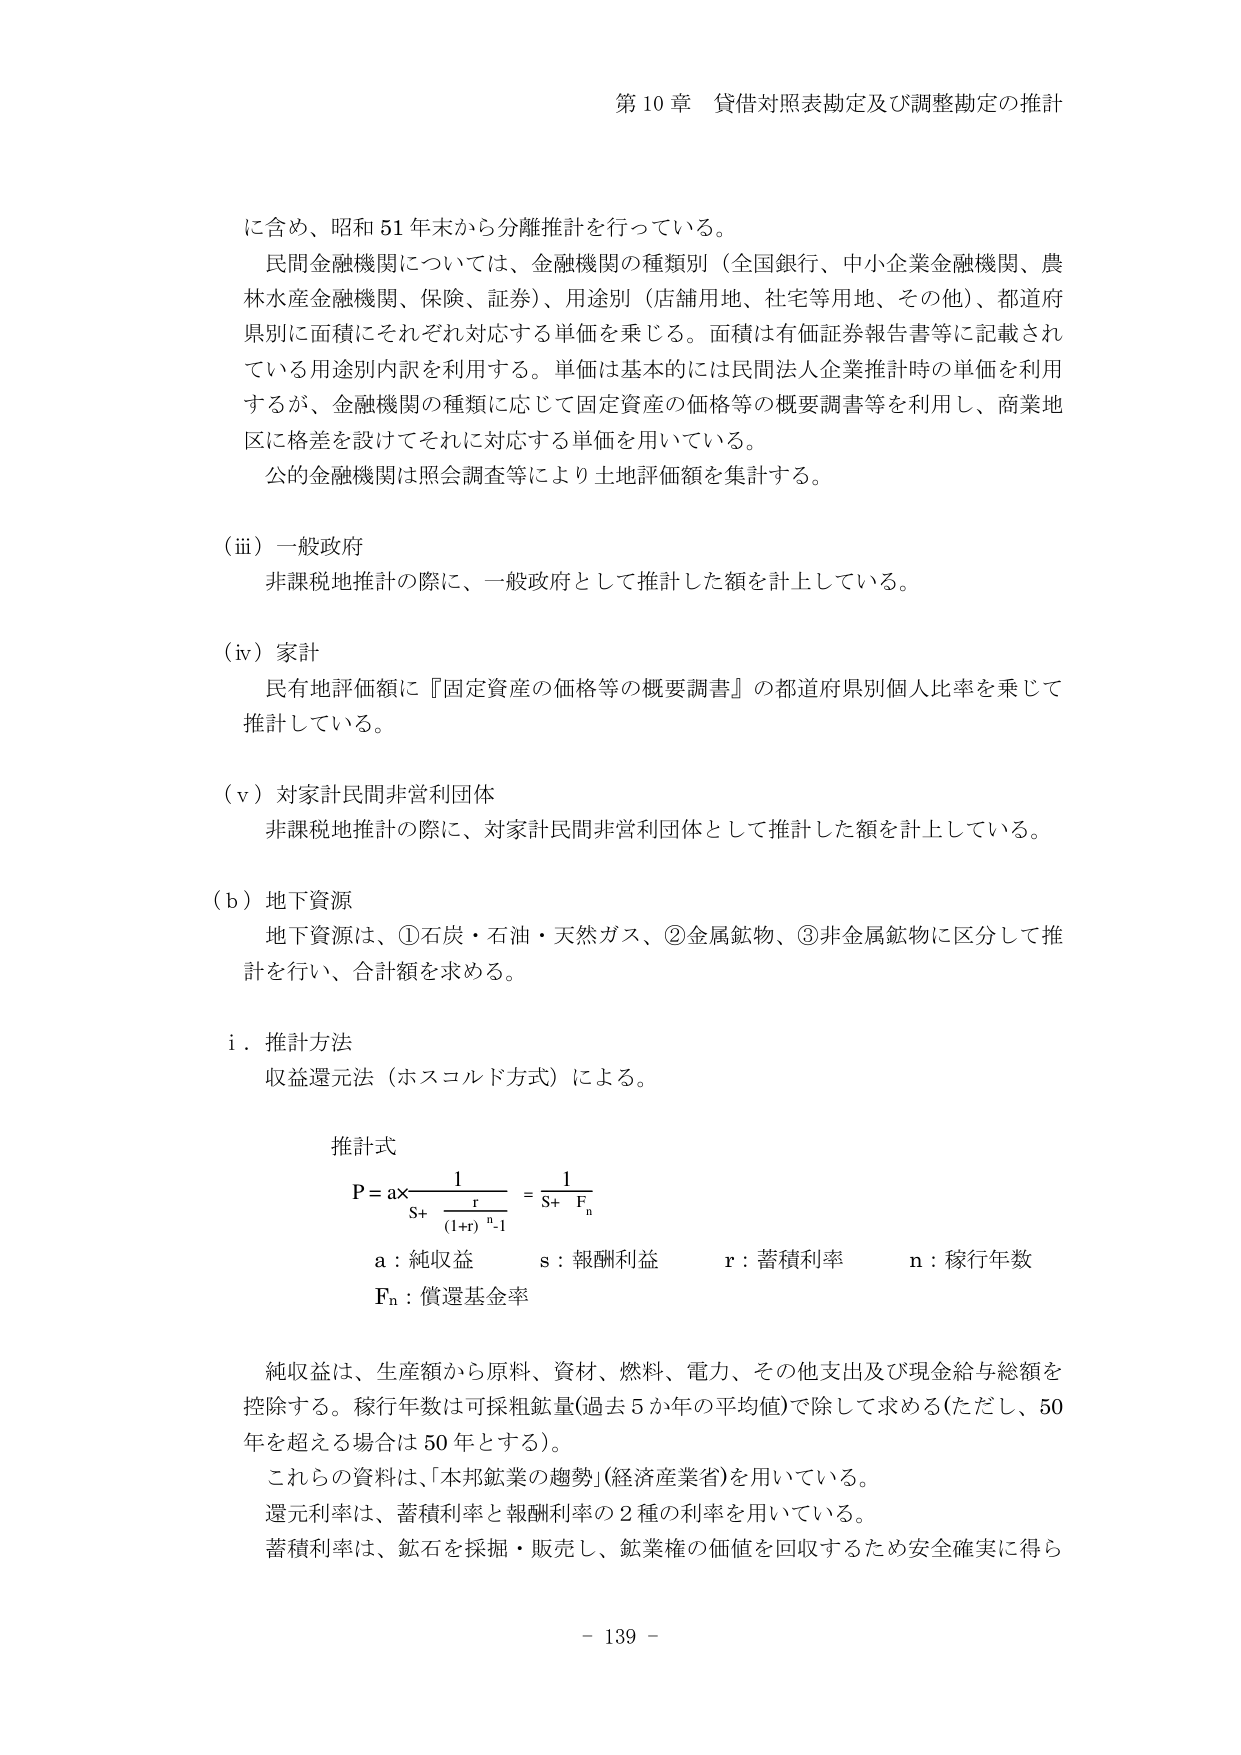
第10章 貸借対照表勘定及び調整勘定の推計

に含め、昭和51年末から分離推計を行っている。

民間金融機関については、金融機関の種類別（全国銀行、中小企業金融機関、農林水産金融機関、保険、証券）、用途別（店舗用地、住宅等用地、その他）、都道府県別に面積にそれぞれ対応する単価を乗じる。面積は有価証券報告書等に記載されている用途別内訳を利用する。単価は基本的には民間法人企業推計時の単価を利用すが、金融機関の種類に応じて固定資産の価格等の概要調書等を利用し、商業地区に格差を設けてそれに対応する単価を用いている。

公的金融機関は照会調査等により土地評価額を集計する。

（ⅲ）一般政府
非課税地推計の際に、一般政府として推計した額を計上している。

（ⅳ）家計
民有地評価額に『固定資産の価格等の概要調書』の都道府県別個人比率を乗じて推計している。

（ⅴ）対家計民間非営利団体
非課税地推計の際に、対家計民間非営利団体として推計した額を計上している。

（ｂ）地下資源
地下資源は、①石炭・石油・天然ガス、②金属鉱物、③非金属鉱物に区分して推計を行い、合計額を求める。

ⅰ．推計方法
収益還元法（ホスコルド方式）による。

推計式
P = a × 1 / [S + r / (1+r)^(n-1)] = 1 / (S + F_n)

a：純収益　　s：報酬利益　　r：蓄積利率　　n：稼行年数
F_n：償還基金率

純収益は、生産額から原料、資材、燃料、電力、その他支出及び現金給与総額を控除する。稼行年数は可採粗鉱量（過去5か年の平均値）で除して求める（ただし、50年を超える場合は50年とする）。

これらの資料は、「本邦鉱業の趨勢」（経済産業省）を用いている。

還元利率は、蓄積利率と報酬利率の2種の利率を用いている。

蓄積利率は、鉱石を採掘・販売し、鉱業権の価値を回収するため安全確実に得ら

－ 139 －